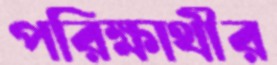
পরিক্ষার্থীর